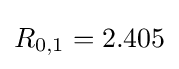
R_{0,1}=2.405